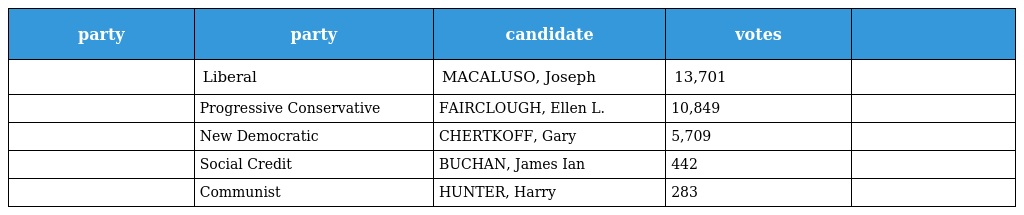
| party | party | candidate | votes |  |
 | --- | --- | --- | --- | --- |
 |  | Liberal | MACALUSO, Joseph | 13,701 |  |
 |  | Progressive Conservative | FAIRCLOUGH, Ellen L. | 10,849 |  |
 |  | New Democratic | CHERTKOFF, Gary | 5,709 |  |
 |  | Social Credit | BUCHAN, James Ian | 442 |  |
 |  | Communist | HUNTER, Harry | 283 |  |